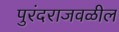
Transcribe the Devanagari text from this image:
पुरंदराजवळील